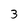
Character: 3